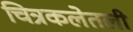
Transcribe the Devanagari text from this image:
चित्रकलेतली